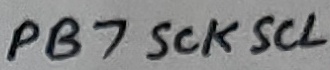
Text: PB7 SCKSCL